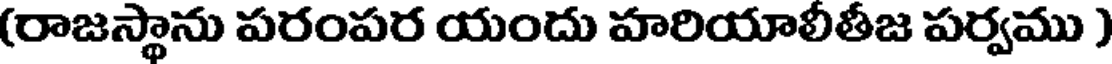
(రాజస్థాను పరంపర యందు హరియాలీతీజ పర్వము )